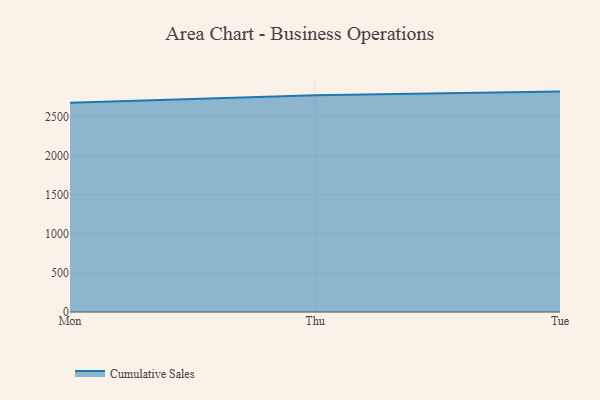
{"axis": {"x": "Day", "y": "Temperature (°C)"}, "legend": ["Cumulative Sales"], "data": [{"x": "Mon", "y": 2681.7, "type": "Cumulative Sales"}, {"x": "Thu", "y": 2777.1, "type": "Cumulative Sales"}, {"x": "Tue", "y": 2823.0, "type": "Cumulative Sales"}]}